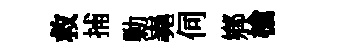
救捕勦嶤伺鄕槍